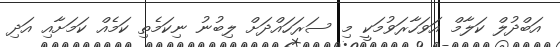
އަބްދުލް ކަލާމް އަވަހާރަވުމަކީ މި ސަރަހައްދަށް ލިބުނު ނިކަމެތި ކަމެއް ކަމަށާއި އަދި